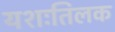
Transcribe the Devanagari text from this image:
यशःतिलक